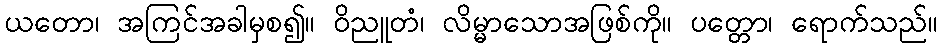
ယတော၊ အကြင်အခါမှစ၍။ ဝိညူတံ၊ လိမ္မာသောအဖြစ်ကို။ ပတ္တော၊ ရောက်သည်။